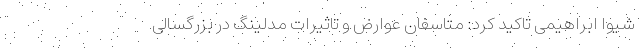
شیوا ابراهیمی تاکید کرد: متاسفان عوارض و تاثیرات مدلینگ در بزرگسالی